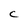
Character: C